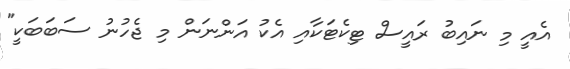
އެއީ މި ނައިބު ރައީސް ޓިކެޓަކާއި އެކު އަންނަން މި ޖެހުނު ސަބަބަކީ"